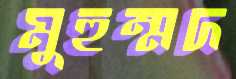
মুহুম্মদ